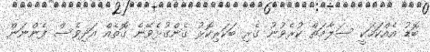
ބޮޑު އެއްކަމަކީ ސަލާމަތް ކުރެވުނު ގެރި ބަކަރިކޮޅު ގެންގުޅެވޭނެ ގޮތެއް އަދިވެސް ފެންނަން